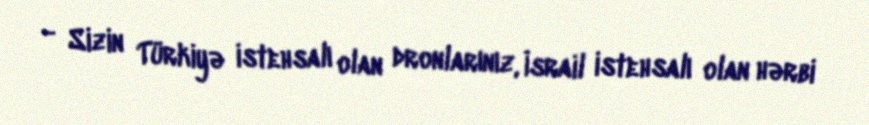
- Sizin Türkiyə istehsalı olan dronlarınız, İsrail istehsalı olan hərbi